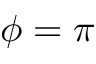
\phi = \pi